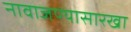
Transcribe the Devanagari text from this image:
नावाजण्यासारखा